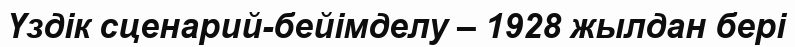
Үздік сценарий-бейiмделу – 1928 жылдан бері